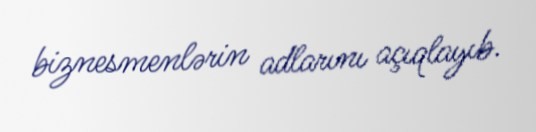
biznesmenlərin adlarını açıqlayıb.